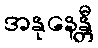
အနုနေန္တီ